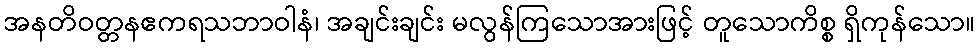
အနတိဝတ္တနဧကရသဘာဝါနံ၊ အချင်းချင်း မလွန်ကြသောအားဖြင့် တူသောကိစ္စ ရှိကုန်သော။